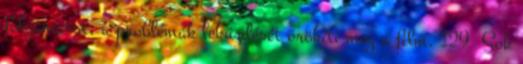
folyamatot, a problémák leküzdését örökíti meg a film. 129 Sok